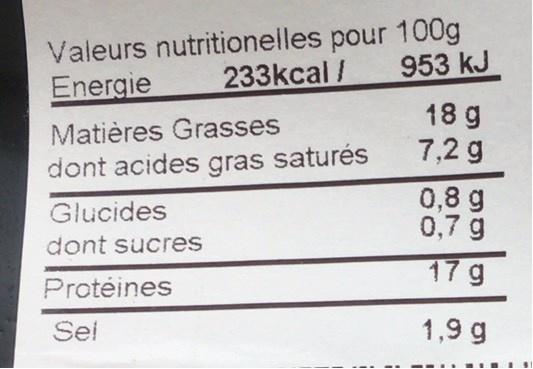
Valeurs nutritionelles pour 100g 233kcal /
953 kJ
Energie
18 g
Matières Grasses
7,2 g
dont acides gras saturés
0,8 g 0,7 g
Glucides
dont sucres
17 g
Protėines
Sei
1,9 g